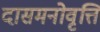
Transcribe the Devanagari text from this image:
दासमनोवृत्ति